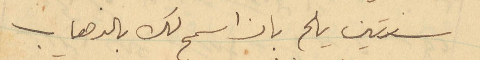
سنتين يلح بان اسمح لك بالذهاب